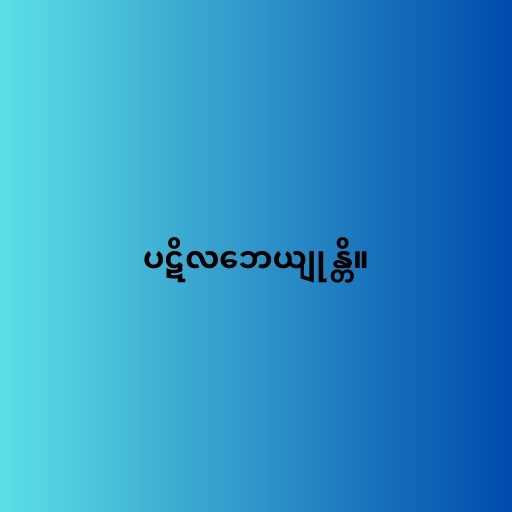
ပဋိလဘေယျုန္တိ။